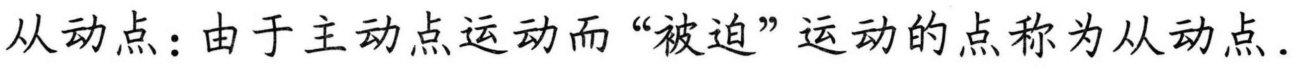
从动点：由于主动点运动而“被迫”运动的点称为从动点.